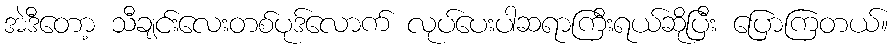
အဲဒီတော့ သီချင်းလေးတစ်ပုဒ်လောက် လုပ်ပေးပါဆရာကြီးရယ်ဆိုပြီး ပြောကြတယ်။